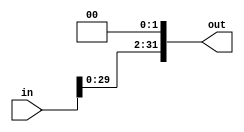
module shift_left_twice #(
    parameter bit_size = 32
) (
    input wire [bit_size-1:0]   in,
    output reg [bit_size-1:0]   out
);
always @(*) begin
    out=in<<2;
    
end
    
endmodule